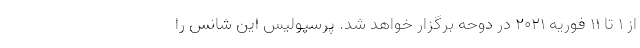
از ۱ تا ۱۱ فوریه ۲۰۲۱ در دوحه برگزار خواهد شد. پرسپولیس این شانس را